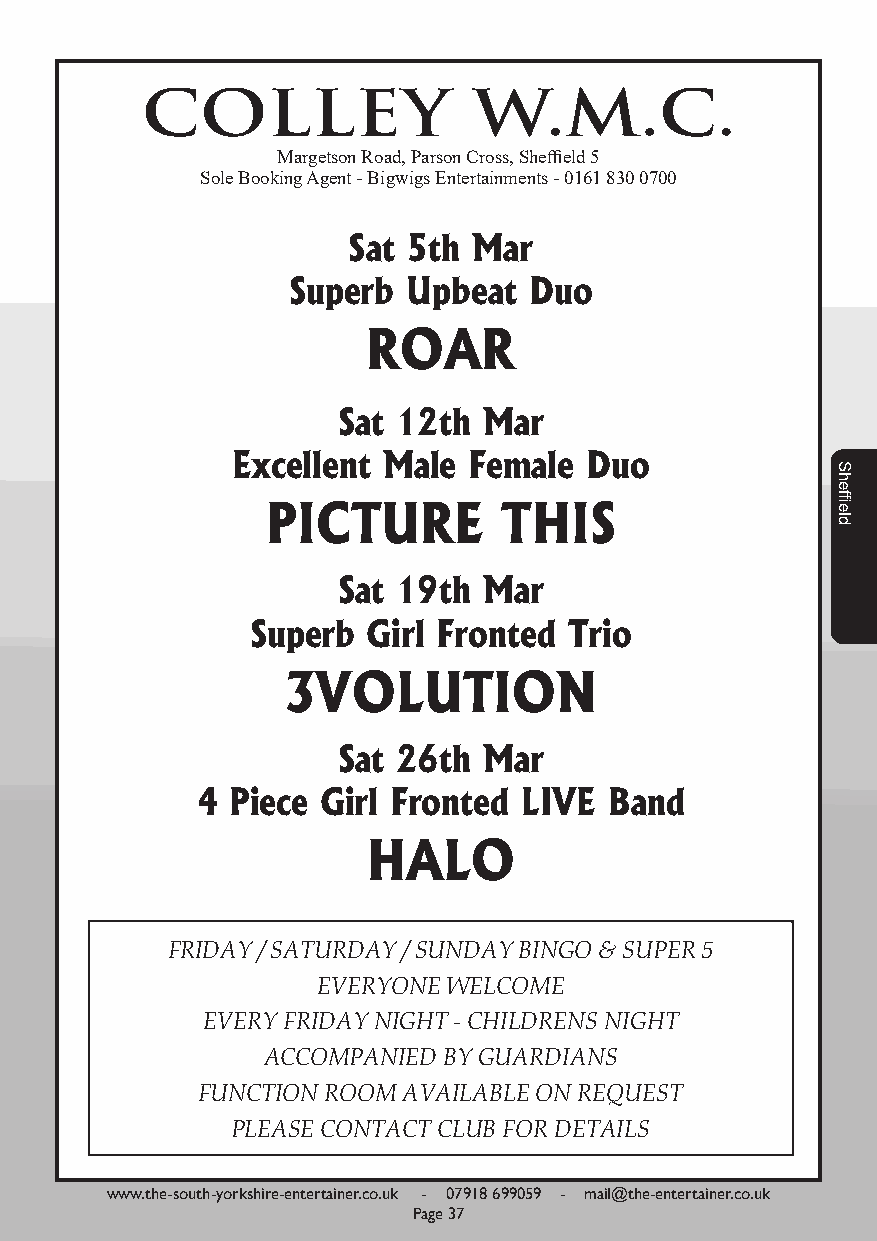
COLLEY                W.M.C.
 Margetson Road, Parson Cross, Sheffield 5
 Sole Booking Agent - Bigwigs Entertainments - 0161 830 0700
 Sat 5th Mar
 Superb  Upbeat  Duo
 ROAR
 Sat 12th  Mar
 Excellent Male  Female  Duo
 PICTURE        THIS
 Sat 19th  Mar
 Superb Girl Fronted  Trio
 3VOLUTION
 Sat 26th  Mar
 4 Piece Girl Fronted  LIVE Band
 HALO
 FRIDAY / SATURDAY / SUNDAY BINGO & SUPER 5
 EVERYONE WELCOME
 EVERY FRIDAY NIGHT - CHILDRENS NIGHT
 ACCOMPANIED BY GUARDIANS
 FUNCTION ROOM AVAILABLE ON REQUEST
 PLEASE CONTACT CLUB FOR DETAILS
 www.the-south-yorkshire-entertainer.co.uk - 07918 699059 - mail@the-entertainer.co.uk
 Page 37
 Sheffield